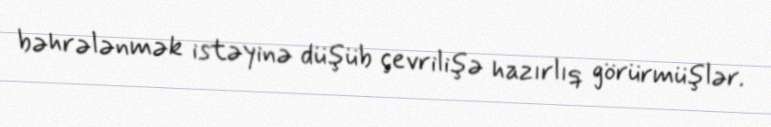
bəhrələnmək istəyinə düşüb çevrilişə hazırlıq görürmüşlər.